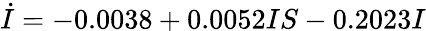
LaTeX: \dot{I}=-0.0038+0.0052IS-0.2023I